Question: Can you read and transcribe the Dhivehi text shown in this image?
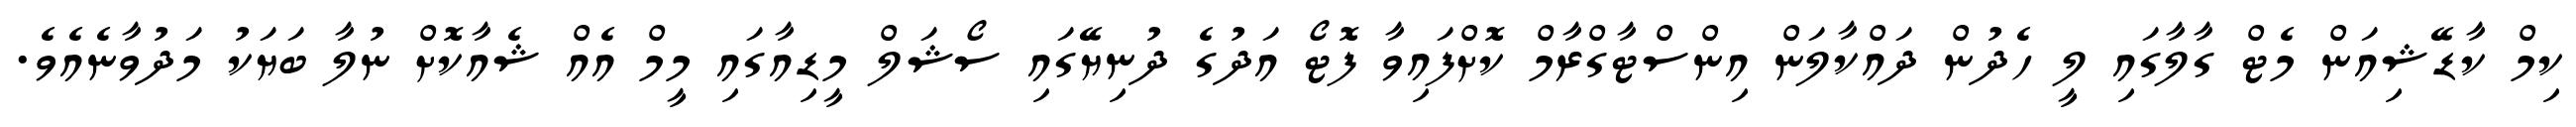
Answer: ކިމް ކާޑޭޝިއަން މެޓް ގާލާގައި ލީ ހެދުން ދައްކާލަން އިންސްޓާގްރާމް ކޮށްފައިވާ ފޮޓޯ އަދުގެ ދުނިޔޭގައި ސޯޝަލް މީޑިއާގައި މީމް އެއް ޝެއާކޮށް ނުލާ ބަޔަކު މަދުވާނެއެވެ.